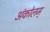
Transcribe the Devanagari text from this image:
अंकोलम्